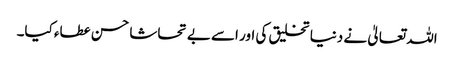
اللہ تعالیٰ نے دنیا تخلیق کی اور اسے بے تحاشا حسن عطاء کیا۔